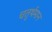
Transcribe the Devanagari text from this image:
चतुर्थमान